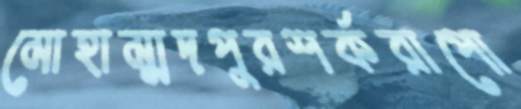
মোহাম্মদপুরশর্করাপো